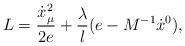
LaTeX: \begin{align*}L=\frac{\dot{x}_\mu^{2}}{2e}+\frac{\lambda}{l}(e-M^{-1}\dot{x}{}^0),\end{align*}